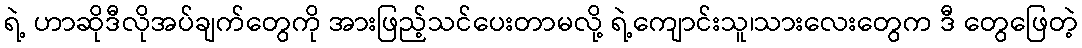
ရဲ့ ဟာဆိုဒီလိုအပ်ချက်တွေကို အားဖြည့်သင်ပေးတာမလို့ ရဲ့ကျောင်းသူ၊သားလေးတွေက ဒီ တွေဖြေတဲ့